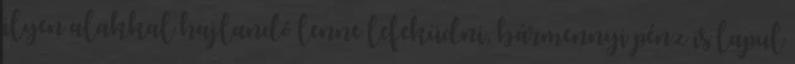
ilyen alakkal hajlandó lenne lefeküdni, bármennyi pénz is lapul